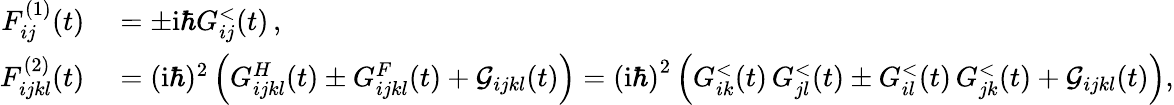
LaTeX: \begin{array}{rl}{{F}_{ij}^{(1)}(t)}&{{}=\pm\mathrm{i}\hbar G_{ij}^{<}(t)\, ,}\\ {{F}_{ijkl}^{(2)}(t)}&{{}=(\mathrm{i}\hbar)^{2}\left({G}_{ijkl}^{H}(t)\pm{G}_{ijkl}^{F}(t)+\mathcal{G}_{ijkl}(t)\right)=\left(\mathrm{i}\hbar\right)^{2}\left(G_{ik}^{<}(t)\, G_{jl}^{<}(t)\pm G_{il}^{<}(t)\, G_{jk}^{<}(t)+\mathcal{G}_{ijkl}(t)\right),}\end{array}